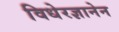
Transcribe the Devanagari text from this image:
विधेरज्ञानेन